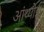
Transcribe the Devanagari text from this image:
आंथ्‍योई